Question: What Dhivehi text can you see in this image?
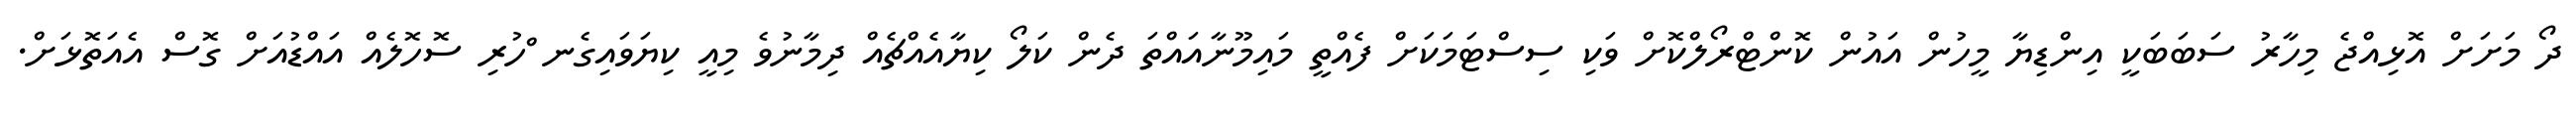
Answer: ދޯ މަށަށް އޮޅިއްޖެ މިހާރު ސަބަބަކީ އިންޑިޔާ މީހުން އައުން ކޮންޓްރޯލްކޮށް ވަކި ސިސްޓަމަކަށް ފެއްތީ މައިމޫނާއައްތަ ދެން ކަލޯ ކިޔާއެއްޗެއް ދިމާނުވެ މިއީ ކިޔަވައިގެނ ްހުރި ސޮހޮލެއް އައްޑުއަށް ގޮސް އެއަތޮޅަށް.